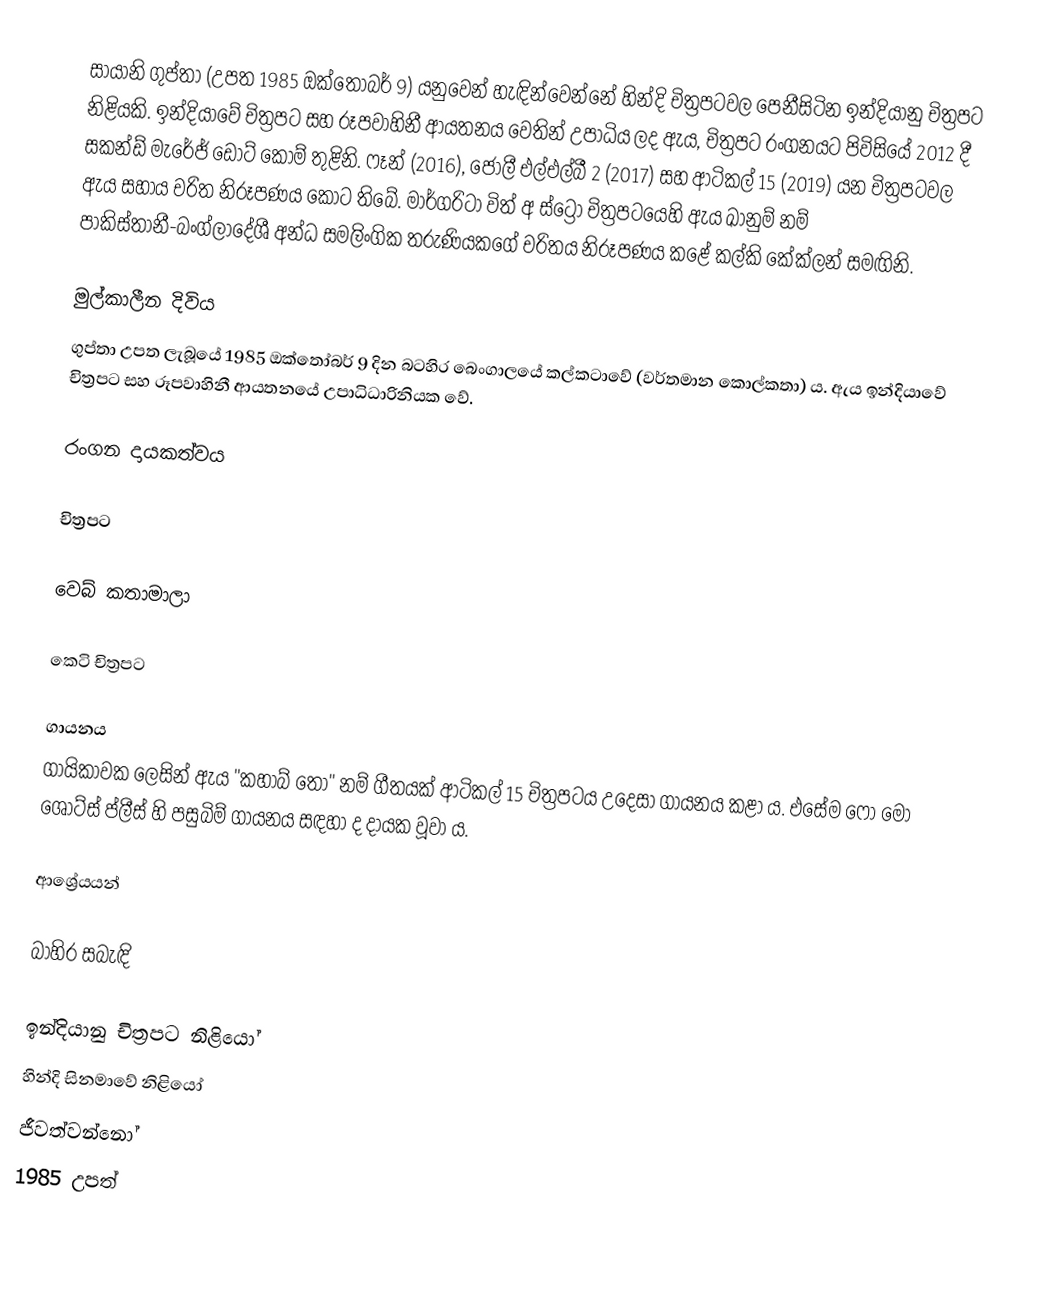
සායානි ගුප්තා (උපත 1985 ඔක්තෝබර් 9) යනුවෙන් හැඳින්වෙන්නේ හින්දි චිත්‍රපටවල පෙනීසිටින ඉන්දියානු චිත්‍රපට නිළියකි. ඉන්දියාවේ චිත්‍රපට සහ රූපවාහිනී ආයතනය වෙතින් උපාධිය ලද ඇය, චිත්‍රපට රංගනයට පිවිසියේ 2012 දී සකන්ඩ් මැරේජ් ඩොට් කොම් තුළිනි. ෆෑන් (2016), ජොලී එල්එල්බී 2 (2017) සහ ආටිකල් 15 (2019) යන චිත්‍රපටවල ඇය සහාය චරිත නිරූපණය කොට තිබේ. මාර්ගරිටා විත් අ ස්ට්‍රෝ චිත්‍රපටයෙහි ඇය ඛානුම් නම් පාකිස්තානී-බංග්ලාදේශී අන්ධ සමලිංගික තරුණියකගේ චරිතය නිරූපණය කළේ කල්කි කේක්ලන් සමඟිනි.

මුල්කාලීන දිවිය
ගුප්තා උපත ලැබූයේ 1985 ඔක්තෝබර් 9 දින බටහිර බෙංගාලයේ කල්කටාවේ (වර්තමාන කොල්කතා) ය. ඇය ඉන්දියාවේ චිත්‍රපට සහ රූපවාහිනී ආයතනයේ උපාධිධාරිනියක වේ.

රංගන දායකත්වය

චිත්‍රපට

වෙබ් කතාමාලා

කෙටි චිත්‍රපට

ගායනය
ගායිකාවක ලෙසින් ඇය "කහාබ් තෝ" නම් ගීතයක් ආටිකල් 15 චිත්‍රපටය උදෙසා ගායනය කළා ය. එසේම ෆෝ මෝ ශොට්ස් ප්ලීස් හි පසුබිම් ගායනය සඳහා ද දායක වූවා ය.

ආශ්‍රේයයන්

බාහිර සබැඳි

ඉන්දියානු චිත්‍රපට නිළියෝ
හින්දි සිනමාවේ නිළියෝ
ජීවත්වන්නෝ
1985 උපත්